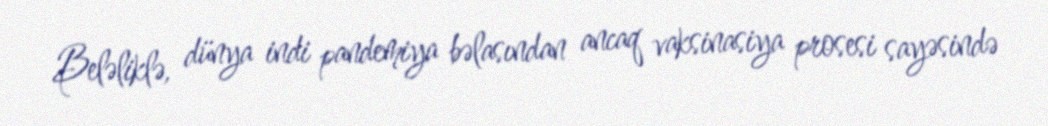
Beləliklə, dünya indi pandemiya bəlasından ancaq vaksinasiya prosesi sayəsində